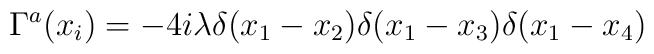
\Gamma^{a} (x_i) =  -4i \lambda \delta (x_1-x_2) \delta (x_1-x_3) \delta (x_1-x_4)